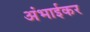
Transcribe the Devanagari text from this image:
अंभाईकर